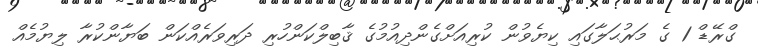
ގްރޭޑް 1 ގެ މަރުޙަލާގައި ކިޔެވުން ކުރިއަށްގެންދިއުމުގެ ޤާބިލްކަންހުރި ދަރިވަރެއްކަން ބަޔާންކުރާ ލިޔުމެއް